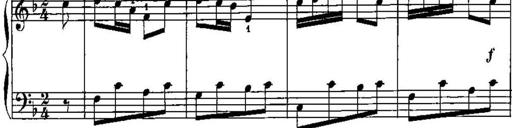
Title: Trois sonatines
Composer: Maurice Emmanuel